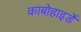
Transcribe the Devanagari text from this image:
काबोहाइर्डे